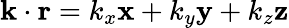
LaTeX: \mathbf{k}\cdot\mathbf{r}=k_{x}\mathbf{x}+k_{y}\mathbf{y}+k_{z}\mathbf{z}